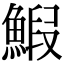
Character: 𫙨